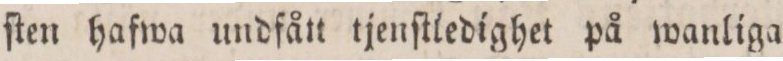
ſten hafwa undfån tjenſtiedighet på wanliga